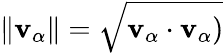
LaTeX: \| \mathbf{v}_{\alpha}\| =\sqrt{\mathbf{v}_{\alpha}\cdot\mathbf{v}_{\alpha})}